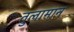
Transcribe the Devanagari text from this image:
तुलामान